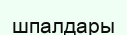
шпалдары